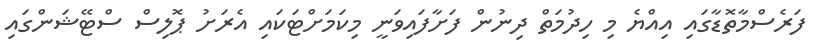
ފަރެސްމާތޮޑާގައި އިއްޔެ މި ހިދުމަތް ދިނުން ފަށާފައިވަނީ މިކަމަށްޓަކައި އެރަށު ޕޮލިސް ސްޓޭޝަންގައި